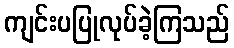
ကျင်းပပြုလုပ်ခဲ့ကြသည်